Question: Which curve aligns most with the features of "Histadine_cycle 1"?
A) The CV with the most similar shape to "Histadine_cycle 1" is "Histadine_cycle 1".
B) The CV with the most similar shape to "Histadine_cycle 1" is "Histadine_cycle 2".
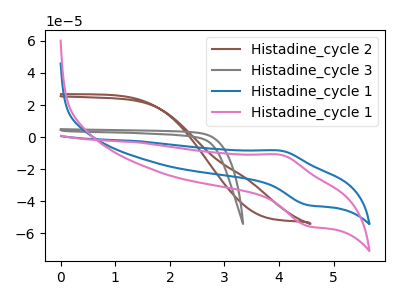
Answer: <think>The brown curve "Histadine_cycle 2" has no peaks. The gray curve "Histadine_cycle 3" has no peaks. The blue curve "Histadine_cycle 1" has an anodic peak at (4.05V, -8.40uA) and a cathodic peak at (4.55V, -42.30uA). The pink curve "Histadine_cycle 1" has an anodic peak at (4.05V, -11.00uA) and a cathodic peak at (4.55V, -55.40uA).
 Neither "Histadine_cycle 2" or "Histadine_cycle 3" have any peaks. "Histadine_cycle 2" and "Histadine_cycle 1" have a different number of peaks. "Histadine_cycle 2" and "Histadine_cycle 1" have a different number of peaks. "Histadine_cycle 3" and "Histadine_cycle 1" have a different number of peaks. "Histadine_cycle 3" and "Histadine_cycle 1" have a different number of peaks. All the peaks in "Histadine_cycle 1" have a peak in "Histadine_cycle 1" at the same potential.</think>
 <answer>A) The CV with the most similar shape to "Histadine_cycle 1" is "Histadine_cycle 1".</answer>
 <eval>A</eval>